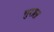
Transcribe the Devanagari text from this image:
गुराल